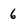
Character: 6